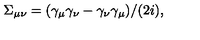
\Sigma _ { \mu \nu } = ( \gamma _ { \mu } \gamma _ { \nu } - \gamma _ { \nu } \gamma _ { \mu } ) / ( 2 i ) ,